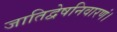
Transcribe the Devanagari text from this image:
जातिद्वेषनिवारणं।